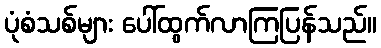
ပုံစံသစ်များ ပေါ်ထွက်လာကြပြန်သည်။